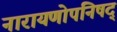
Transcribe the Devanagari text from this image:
नारायणोपनिषद्